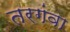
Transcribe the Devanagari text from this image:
तरगंवा